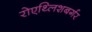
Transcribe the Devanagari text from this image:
रोएथ्लिशबर्गर